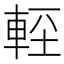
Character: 䡖